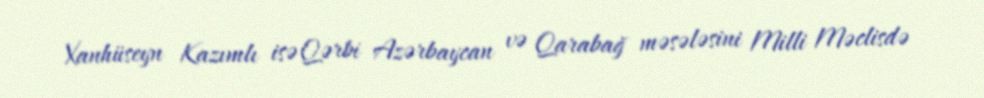
Xanhüseyn Kazımlı isə Qərbi Azərbaycan və Qarabağ məsələsini Milli Məclisdə